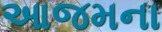
આજમના